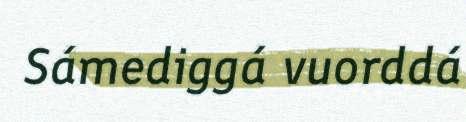
Sámediggá vuorddá